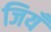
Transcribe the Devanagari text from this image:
जियँ